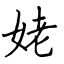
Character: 姥